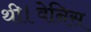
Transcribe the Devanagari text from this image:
थी।वेनिस